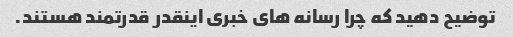
توضیح دهید که چرا رسانه های خبری اینقدر قدرتمند هستند.